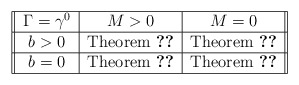
\begin{align*}\begin{tabular}{||c|c|c||}\hline$\Gamma = \gamma^0$ & $M>0$ & $M=0$ \\\hline$b>0$ & Theorem \ref{gwp-hartree4} & Theorem \ref{gwp-hartree2} \\\hline$b =0$ & Theorem \ref{nonscatter-thm} & Theorem \ref{gwp-hartree2} \\\hline\end{tabular}\end{align*}